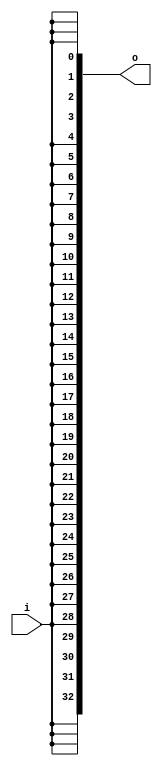
module bsg_buf_ctrl_width_p33
(
  i,
  o
);

  output [32:0] o;
  input i;
  wire [32:0] o;
  wire i;
  assign o[0] = i;
  assign o[1] = i;
  assign o[2] = i;
  assign o[3] = i;
  assign o[4] = i;
  assign o[5] = i;
  assign o[6] = i;
  assign o[7] = i;
  assign o[8] = i;
  assign o[9] = i;
  assign o[10] = i;
  assign o[11] = i;
  assign o[12] = i;
  assign o[13] = i;
  assign o[14] = i;
  assign o[15] = i;
  assign o[16] = i;
  assign o[17] = i;
  assign o[18] = i;
  assign o[19] = i;
  assign o[20] = i;
  assign o[21] = i;
  assign o[22] = i;
  assign o[23] = i;
  assign o[24] = i;
  assign o[25] = i;
  assign o[26] = i;
  assign o[27] = i;
  assign o[28] = i;
  assign o[29] = i;
  assign o[30] = i;
  assign o[31] = i;
  assign o[32] = i;

endmodule